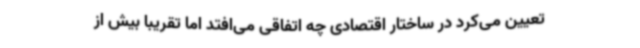
تعیین می‌کرد در ساختار اقتصادی چه اتفاقی می‌افتد اما تقریباً بیش از